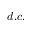
d . c .